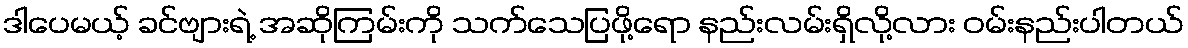
ဒါပေမယ့် ခင်ဗျားရဲ့ အဆိုကြမ်းကို သက်သေပြဖို့ရော နည်းလမ်းရှိလို့လား ဝမ်းနည်းပါတယ်